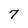
Character: 7